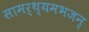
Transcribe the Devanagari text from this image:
सामर्थ्यमभजन्